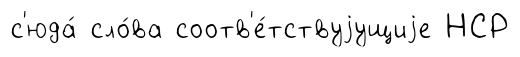
с'юда́ сло́ва соотв'е́тствуjущиjе НСР